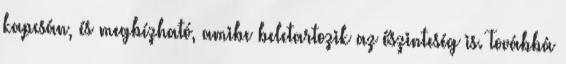
kapcsán, és megbízható, amibe beletartozik az őszinteség is. Továbbá